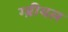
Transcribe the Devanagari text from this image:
ग्ब्रीयल